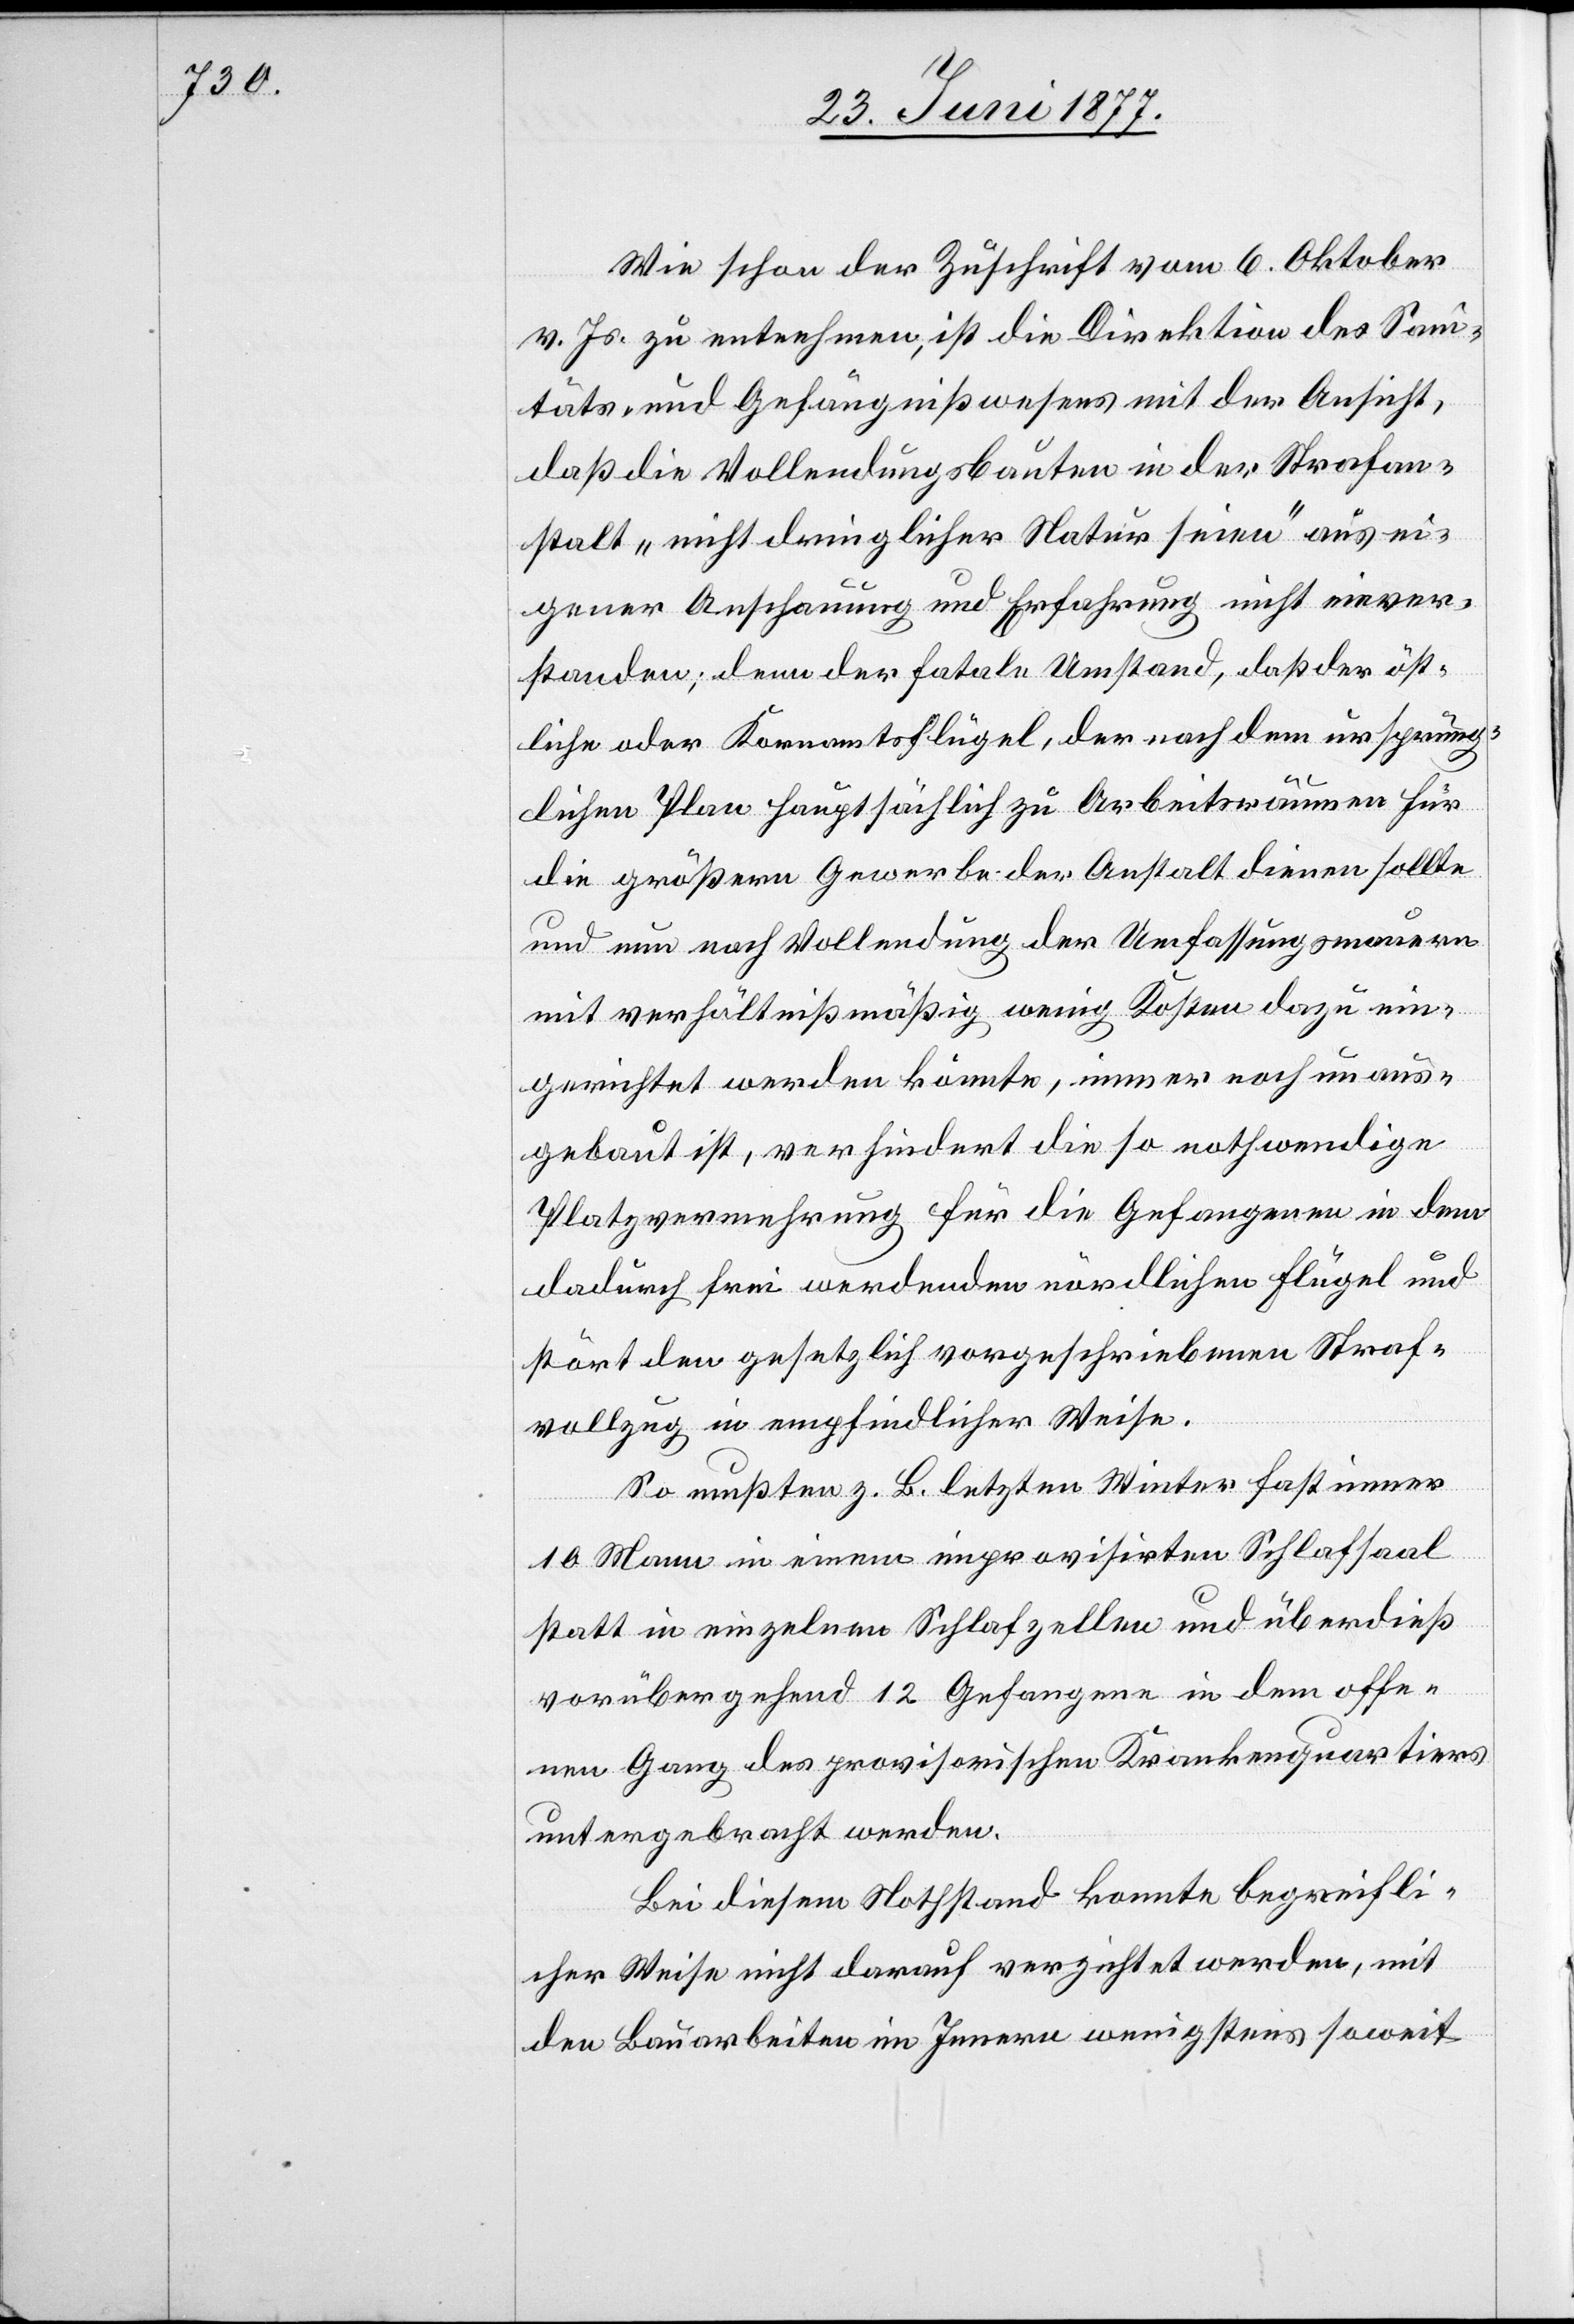
Wie schon der Zuschrift vom 6. Oktober
v. Js. zu entnehmen, ist die Direktion des San¬
itäts- und Gefängnißwesens mit der Ansicht,
daß die Vollendungsbauten in der Strafan¬
stalt „nicht dringlicher Natur seien“ nicht einv¬
erstanden; denn der fatale Umstand, daß der öst¬
liche oder Kronamtsflügel, der nach dem ursprüng¬
lichen Plan hauptsächlich zu Arbeitsräumen für
die größern Gewerbe der Anstalt dienen sollte
und nun nach Vollendung der Umfassungsmauern
mit verhältnißmäßig wenig Kosten dazu ein¬
gerichtet werden könnte, immer noch unaus¬
gebaut ist, verhindert die so nothwendige
Platzvermehrung für die Gefangenen in dem
dadurch frei werdenden nördlichen Flügel und
stört den gesetzlich vorgeschriebenen Straf¬
vollzug in empfindlicher Weise.
So mußten z. B. letzten Winter fast immer
10 Mann in einem improvisirten Schlafsaal
statt in einzelnen Schlafzellen und überdieß
vorübergehend 12 Gefangene in dem offe¬
nen Gang des provisorischen Krankenquartiers
untergebracht werden.
Bei diesem Nothstand konnte begreifli¬
cher Weise nicht darauf verzichtet werden, mit
den Bauarbeiten im Innern wenigstens soweit